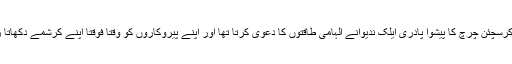
زائیون کرسچئن چرچ کا پیشوا پادری ایلک ندیوانے الہامی طاقتوں کا دعویٰ کرتا تھا اور اپنے پیروکاروں کو وقتاً فوقتاً اپنے کرشمے دکھاتا رہتا تھا۔